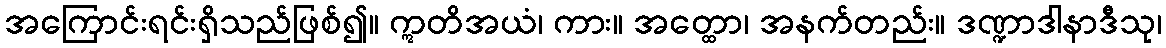
အကြောင်းရင်းရှိသည်ဖြစ်၍။ ဣတိအယံ၊ ကား။ အတ္ထော၊ အနက်တည်း။ ဒဏ္ဍာဒါနာဒီသု၊